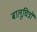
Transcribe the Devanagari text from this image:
बालूचित्रों